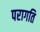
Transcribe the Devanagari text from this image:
परागति